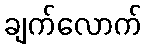
ချက်လောက်